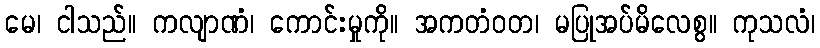
မေ၊ ငါသည်။ ကလျာဏံ၊ ကောင်းမှုကို။ အကတံဝတ၊ မပြုအပ်မိလေစွ။ ကုသလံ၊